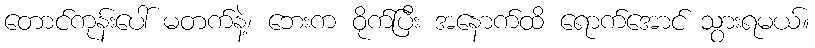
တောင်ကုန်းပေါ် မတက်နဲ့၊ ဘေးက ဝိုက်ပြီး အနောက်ထိ ရောက်အောင် သွားရမယ်။